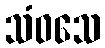
သံဝသေ